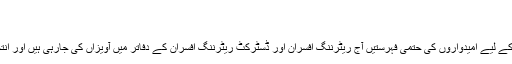
الیکشن کمیشن نے فہرست جاری کردی
02:50 PM, 30 Jun, 2018
اسلام آباد(24نیوز) عام انتخابات 2018 کے لیے امیدواروں کی حتمی فہرستیں آج ریٹرننگ افسران اور ڈسٹرکٹ ریٹرننگ افسران کے دفاتر میں آویزاں کی جارہی ہیں اور انتخابی نشان بھی آج جاری کیے جائیں گے۔